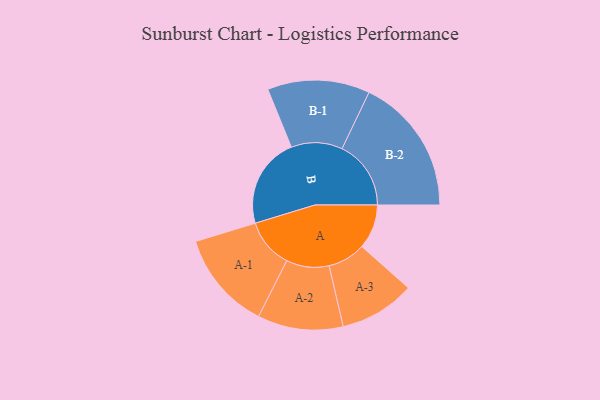
{"axis": {"x": "Segment", "y": "Value"}, "legend": ["", "A", "B"], "data": [{"x": "A", "y": 153, "type": ""}, {"x": "B", "y": 312, "type": ""}, {"x": "A-1", "y": 170, "type": "A"}, {"x": "A-2", "y": 147, "type": "A"}, {"x": "A-3", "y": 130, "type": "A"}, {"x": "B-1", "y": 176, "type": "B"}, {"x": "B-2", "y": 237, "type": "B"}]}